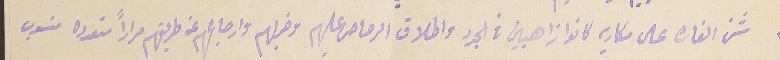
١٢ شن الغارة على مكاريه كانوا ذاهبين فى الجرد واطلاق الرصاص عليهم وضربهم وارجاعهم عن طريقهم مراراً متعدده منسوب